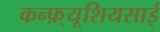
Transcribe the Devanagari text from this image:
कन्फ़्यूशियसाई